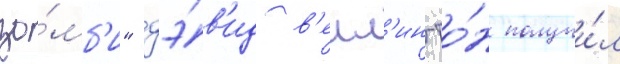
зо́мб'и" дэ́в'ид в'елл'ингто́н получи́л